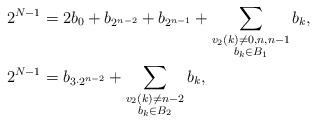
LaTeX: \begin{align*} 2^{N-1}&=2b_0+b_{2^{n-2}}+ b_{2^{n-1}}+\sum_{\substack{v_2(k)\neq 0,n, {n-1} \\ b_k\in B_1}} b_k,\\2^{N-1}&=b_{3\cdot 2^{n-2}}+\sum_{\substack{v_2(k)\neq {n-2} \\ b_k\in B_2}} b_k,\end{align*}